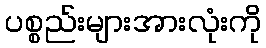
ပစ္စည်းများအားလုံးကို